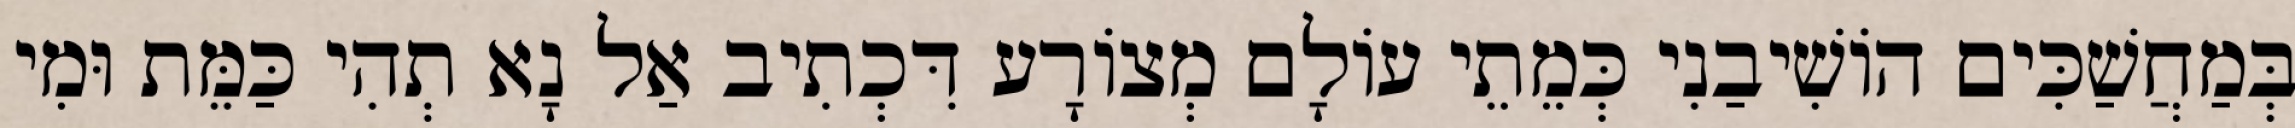
בְּמַחֲשַׁכִּים הוֹשִׁיבַנִי כְּמֵתֵי עוֹלָם מְצוֹרָע דִּכְתִיב אַל נָא תְהִי כַּמֵּת וּמִי